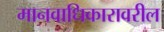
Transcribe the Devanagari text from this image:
मानवाधिकारावरील